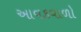
આવકવાળો